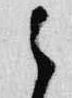
之